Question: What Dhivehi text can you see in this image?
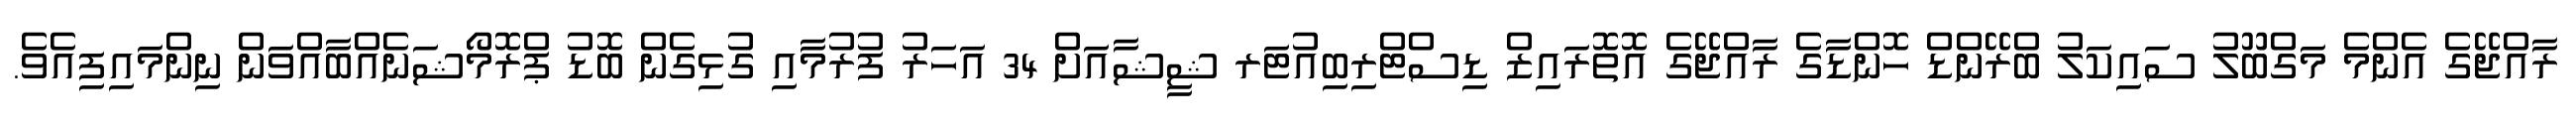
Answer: ރާއްޖޭގެ އެންމެ މަގްބޫލު ސައިކަލު ބްރޭންޑް ހޮންޑާގެ ރާއްޖޭގެ އޮތޮރައިޒް ޑިސްޓްރިބިއުޓަރ ޝީޝާއަށް 34 އަހަރު ފުރުމާއި ގުޅިގެން ބޮޑު ޕްރޮމޯޝަނެއްބާއްވަން ނިންމައިފިއެވެ.